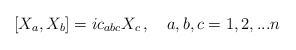
\begin{align*}[X_a , X_b ]=ic_{abc}X_c\,, \quad a,b,c=1,2,...n\end{align*}